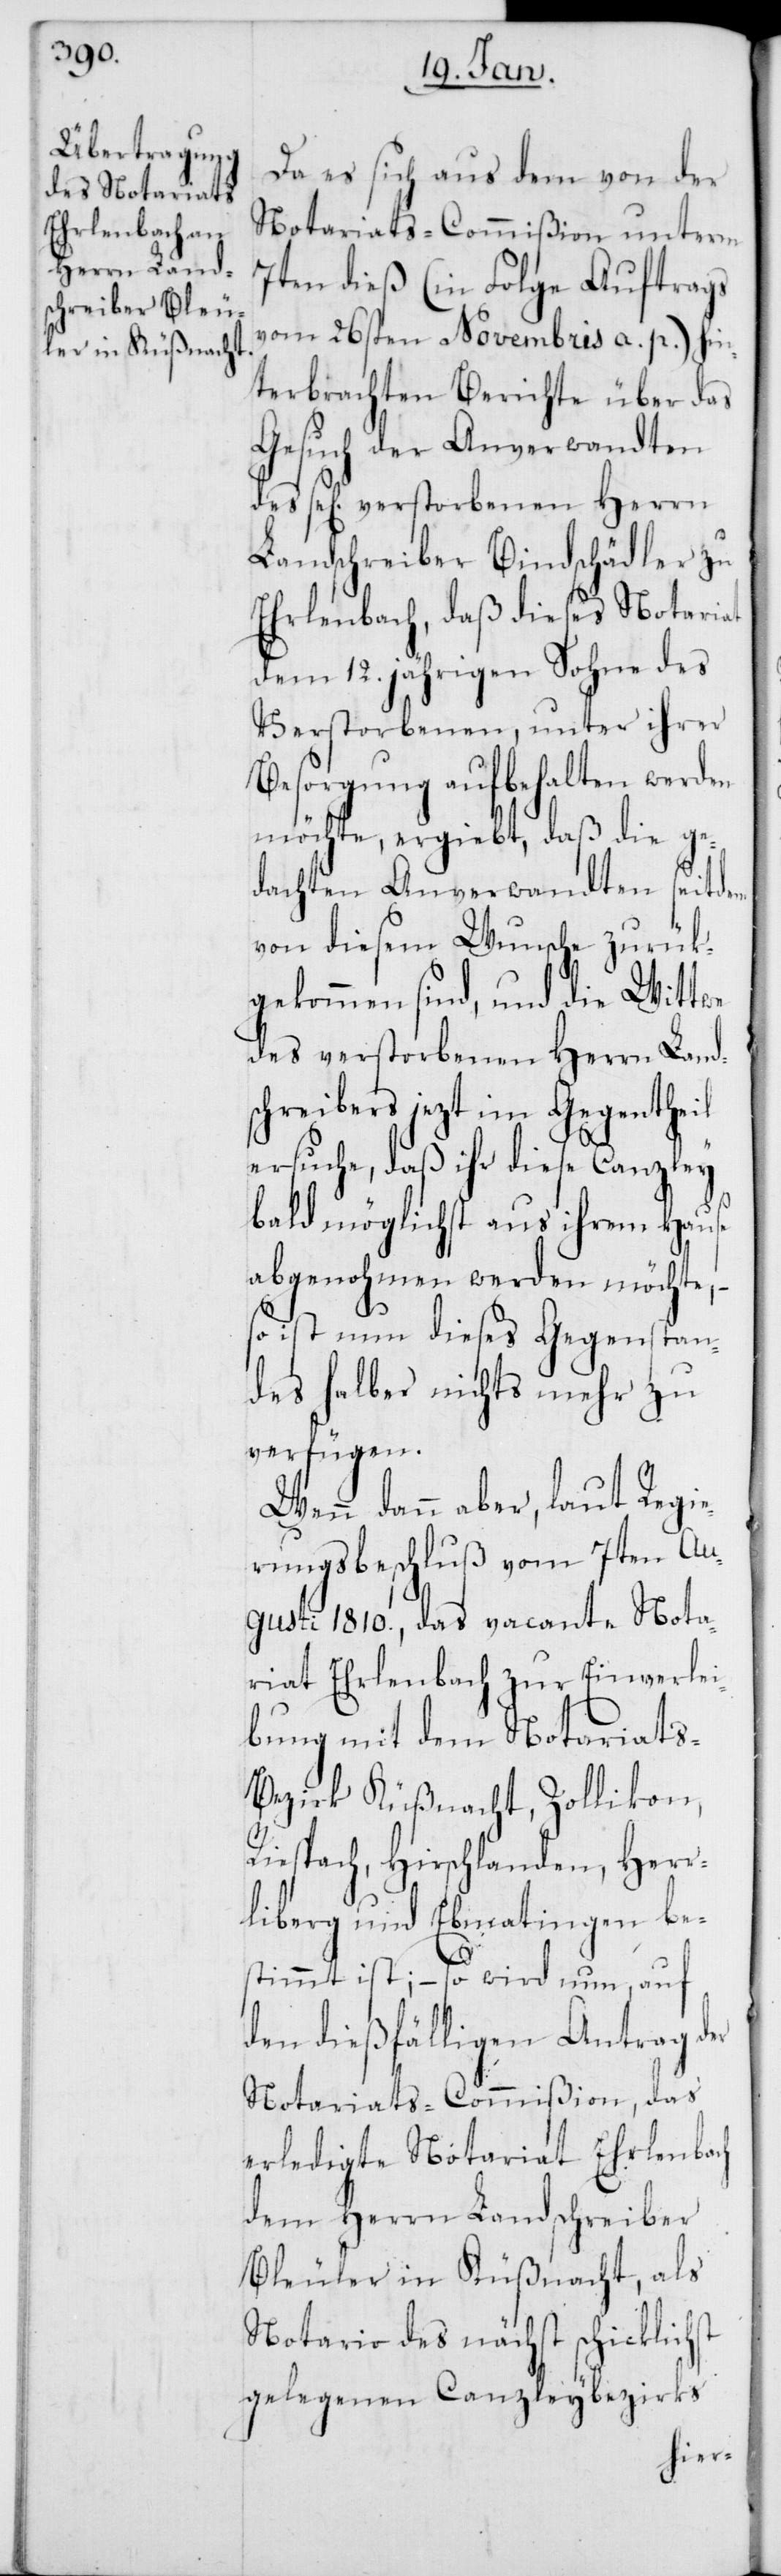
Da es sich aus dem von der
Notariats-Commißion unterm
7ten dieß (in Folge Auftrags
vom 26sten Novembris a. p.) hin¬
terbrachten Berichte über das
Gesuch der Anverwandten
des sel[ig] verstorbenen Herrn
Landschreiber Bindschädler zu
Ehrlenbach, daß dieses Notariat
dem 12. jährigen Sohne des
Verstorbenen, unter ihrer
Besorgung aufbehalten werden
möchte, ergiebt, daß die ge¬
dachten Anverwandten seitdem
von diesem Wunsche zurück¬
gekommen sind, und die Wittwe
des verstorbenen Herrn Land¬
schreibers jezt im Gegentheil
ersuche, daß ihr diese Canzley
bald möglichst aus ihrem Hause
abgenohmen werden möchte, –
so ist nun dieses Gegenstan¬
des halber nichts mehr zu
verfügen.
Wenn dann aber, laut Regie¬
rungsbeschluß vom 7ten Au¬
gusti 1810., das vacante Nota¬
riat Ehrlenbach zur Einverlei¬
bung mit dem Notariats-B¬
ezirk Küßnacht, Zollikon,
Riespach, Hirschlanden, Herr¬
liberg und Ebmatingen be¬
stimmt ist; – so wird nun, auf
den dießfälligen Antrag der
Notariats-Commißion das
erledigte Notariat Ehrlenbach
dem Herrn Landschreiber
Bleuler in Küßnacht, als
Notario des nächst schicklichst
gelegenen Canzleybezirks